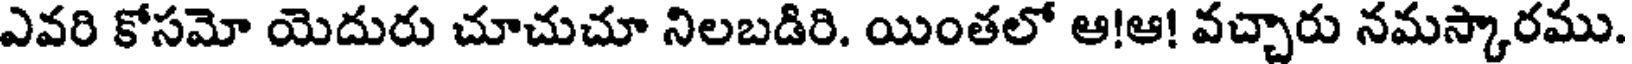
ఎవరి కోసమో యెదురు చూచుచూ నిలబడిరి. యింతలో ఆ!ఆ! వచ్చారు నమస్కారము.